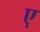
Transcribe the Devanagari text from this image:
ए़